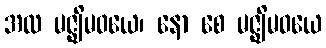
အထ မဇ္ဈိမဝယေ၊ နော စေ မဇ္ဈိမဝယေ